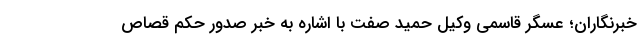
خبرنگاران؛ عسگر قاسمی وکیل حمید صفت با اشاره به خبر صدور حکم قصاص